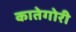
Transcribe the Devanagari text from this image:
कातेगोरी